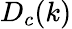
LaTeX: D_{c}(k)